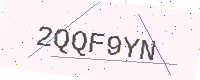
Text: 2QQF9YN